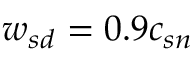
{ w _ { s d } } = 0 . 9 c _ { s n }